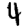
Digit: 4